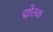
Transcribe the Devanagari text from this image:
द्मोतक